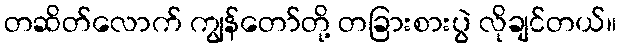
တဆိတ်လောက် ကျွန်တော်တို့ တခြားစားပွဲ လိုချင်တယ်။